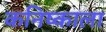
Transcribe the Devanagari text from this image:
कनिष्काला